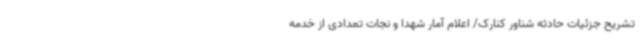
تشریح جزئیات حادثه شناور کنارک/ اعلام آمار شهدا و نجات تعدادی از خدمه